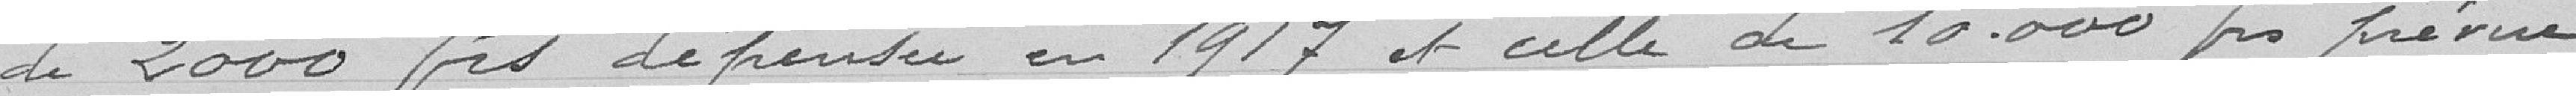
de 2000 francs dépensée en 1917 et celle de 10000 francs prévue